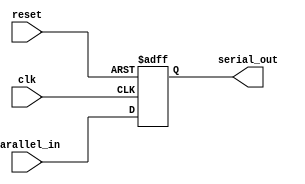
module piso_shift_register (
    input wire clk,
    input wire reset,
    input wire parallel_in,
    output reg serial_out
);

reg [3:0] flip_flops;

always @ (posedge clk or posedge reset) begin
    if (reset) begin
        flip_flops <= 4'b0000;
    end else begin
        flip_flops <= {flip_flops[2:0], parallel_in};
    end
end

assign serial_out = flip_flops[0];

endmodule